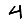
Digit: 4